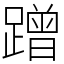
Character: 蹭